Vaccination North-Western Provinces and Oudh 1878-1895 - 1878-1895
Year: 1878
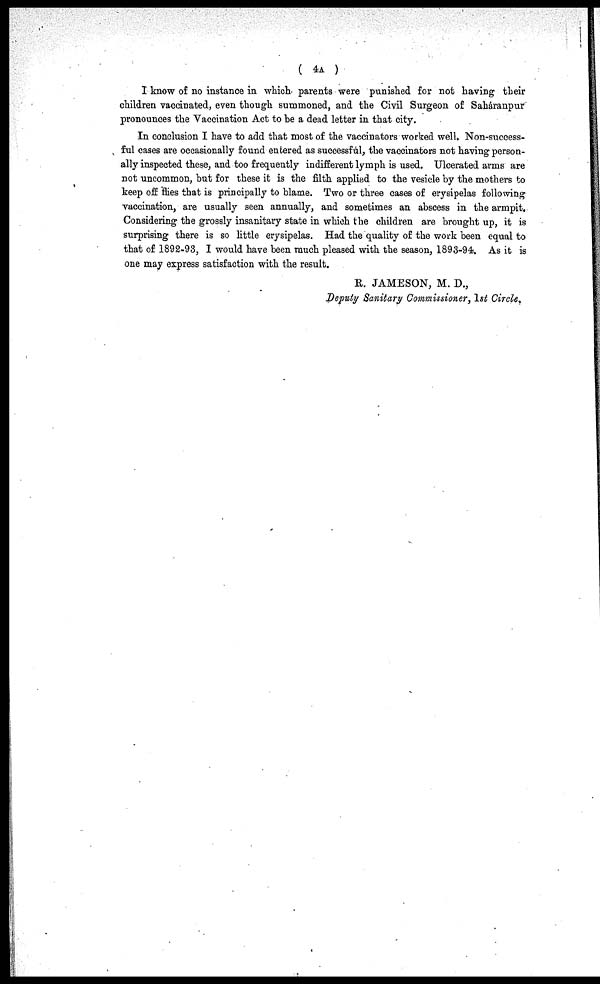
( 4A )
I know of no instance in which parents were punished for not having their
children vaccinated, even though summoned, and the Civil Surgeon of Saháranpur
pronounces the Vaccination Act to be a dead letter in that city.
In conclusion I have to add that most of the vaccinators worked well. Non-success-
ful cases are occasionally found entered as successful, the vaccinators not having person-
ally inspected these, and too frequently indifferent lymph is used. Ulcerated arms are
not uncommon, but for these it is the filth applied to the vesicle by the mothers to
keep off flies that is principally to blame. Two or three cases of erysipelas following
vaccination, are usually seen annually, and sometimes an abscess in the armpit.
Considering the grossly insanitary state in which the children are brought up, it is
surprising there is so little erysipelas. Had the quality of the work been equal to
that of 1892-93, I would have been much pleased with the season, 1893-94. As it is
one may express satisfaction with the result.
R. JAMESON, M. D.,
Deputy Sanitary Commissioner, 1st Circle.